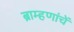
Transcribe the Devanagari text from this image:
ब्राम्हणांचें